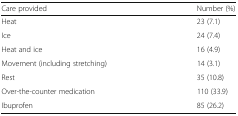
| Care provided | Number (%) |
 | --- | --- |
 | Heat | 23 (7.1) |
 | Ice | 24 (7.4) |
 | Heat and ice | 16 (4.9) |
 | Movement (including stretching) | 14 (3.1) |
 | Rest | 35 (10.8) |
 | Over-the-counter medication | 110 (33.9) |
 | Ibuprofen | 85 (26.2) |